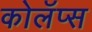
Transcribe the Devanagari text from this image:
कोलॅप्स